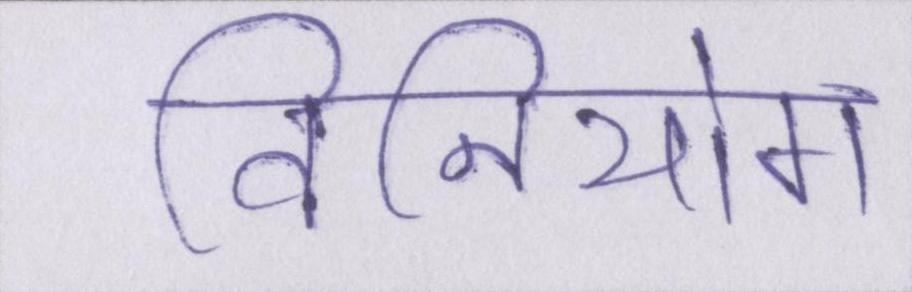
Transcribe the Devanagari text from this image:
विनियोग